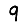
Digit: 9